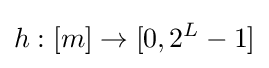
h:[m]\rightarrow [0,2^{L}-1]